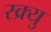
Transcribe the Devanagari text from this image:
स्क्र्यु